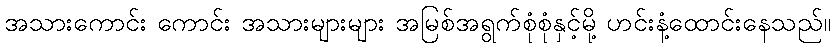
အသားကောင်း ကောင်း အသားများများ အမြစ်အရွက်စုံစုံနှင့်မို့ ဟင်းနံ့ထောင်းနေသည်။